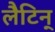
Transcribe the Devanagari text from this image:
लैटिन्